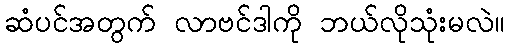
ဆံပင်အတွက် လာဗင်ဒါကို ဘယ်လိုသုံးမလဲ။